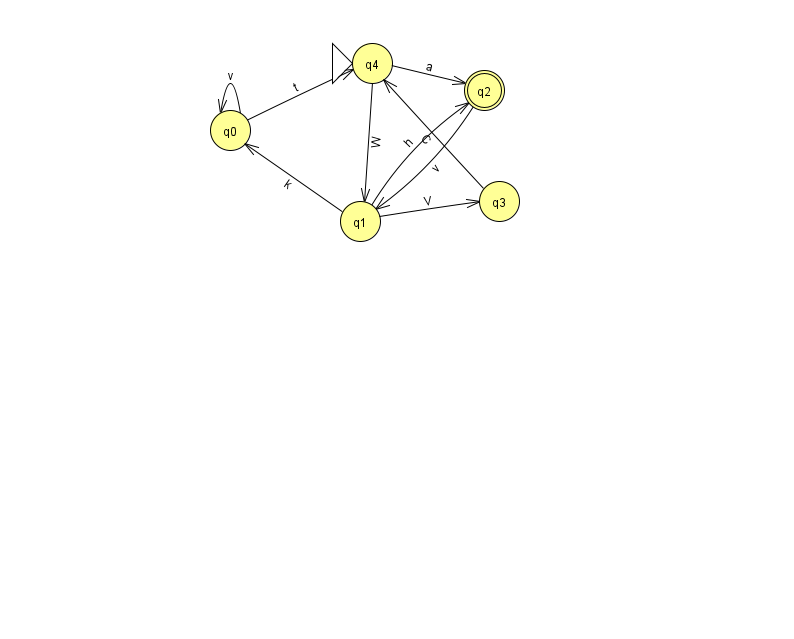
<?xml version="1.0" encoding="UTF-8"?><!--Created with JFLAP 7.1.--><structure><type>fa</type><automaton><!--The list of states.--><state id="0" name="q0"><x>230.0</x><y>117.0</y></state><state id="1" name="q1"><x>360.0</x><y>208.0</y></state><state id="2" name="q2"><x>484.0</x><y>77.0</y><final/></state><state id="3" name="q3"><x>499.0</x><y>188.0</y></state><state id="4" name="q4"><x>372.0</x><y>50.0</y><initial/></state><!--The list of transitions.--><transition><from>0</from><to>4</to><read>t</read></transition><transition><from>1</from><to>3</to><read>V</read></transition><transition><from>2</from><to>1</to><read>v</read></transition><transition><from>3</from><to>4</to><read>C</read></transition><transition><from>4</from><to>1</to><read>W</read></transition><transition><from>0</from><to>0</to><read>v</read></transition><transition><from>4</from><to>2</to><read>a</read></transition><transition><from>1</from><to>0</to><read>k</read></transition><transition><from>1</from><to>2</to><read>h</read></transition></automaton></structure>